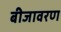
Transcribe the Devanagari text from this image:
बीजावरण